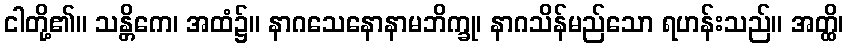
ငါတို့၏။ သန္တိကေ၊ အထံ၌။ နာဂသေနောနာမဘိက္ခု၊ နာဂသိန်မည်သော ရဟန်းသည်။ အတ္ထိ၊